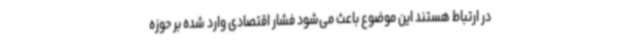
در ارتباط هستند این موضوع باعث می‌شود فشار اقتصادی وارد شده بر حوزه